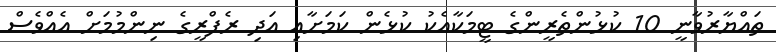
ތައްޔާރުވާނީ 10 ކުޅުންތެރީންގެ ޓީމަކާއެކު ކުޅެން ކަމަށާއި އަދި ރެފްރީގެ ނިންމުމަށް އެއްވެސް